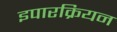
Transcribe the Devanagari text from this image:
इपारक्रियन